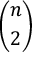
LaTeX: \binom { n } { 2 }